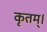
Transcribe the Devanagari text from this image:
कृतम्।